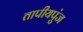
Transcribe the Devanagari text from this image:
तापीयपुंज